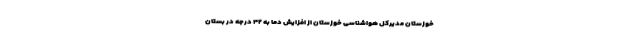
خوزستان مدیرکل هواشناسی خوزستان از افزایش دما به ۴۲ درجه‌ در بستان